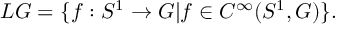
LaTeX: L G = \{ f : S ^ { 1 } \rightarrow G | f \in C ^ { \infty } ( S ^ { 1 } , G ) \} .